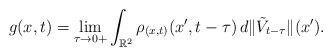
LaTeX: \begin{align*}g(x,t)=\lim_{\tau\rightarrow 0+}\int_{{\mathbb R}^2}\rho_{(x,t)}(x',t-\tau)\, d\|\tilde V_{t-\tau}\|(x').\end{align*}